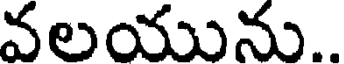
వలయును..